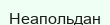
Неапольдан